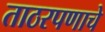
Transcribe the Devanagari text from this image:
ताठरपणाचे